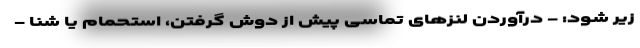
زیر شود: - درآوردن لنزهای تماسی پیش از دوش گرفتن، استحمام یا شنا -